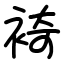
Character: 裿